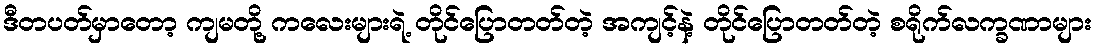
ဒီတပတ်မှာတော့ ကျမတို့ ကလေးများရဲ့ တိုင်ပြောတတ်တဲ့ အကျင့်နဲ့ တိုင်ပြောတတ်တဲ့ စရိုက်လက္ခဏာများ